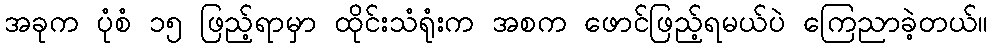
အခုက ပုံစံ ၁၅ ဖြည့်ရာမှာ ထိုင်းသံရုံးက အစက ဖောင်ဖြည့်ရမယ်ပဲ ကြေညာခဲ့တယ်။